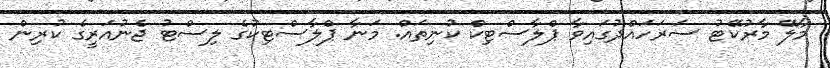
މާލޭ މާރުކޭޓު ސަރަހައްދުގައިވާ ޕްލާސްޓިކް ކުނިތައް. މަނާ ޕްލާސްޓިކުގެ ލިސްޓު ޖެެނުއަރީގެ ކުރިން